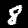
Digit: 8